Calcutta medical institutions reports 1871-78
Year: 1871
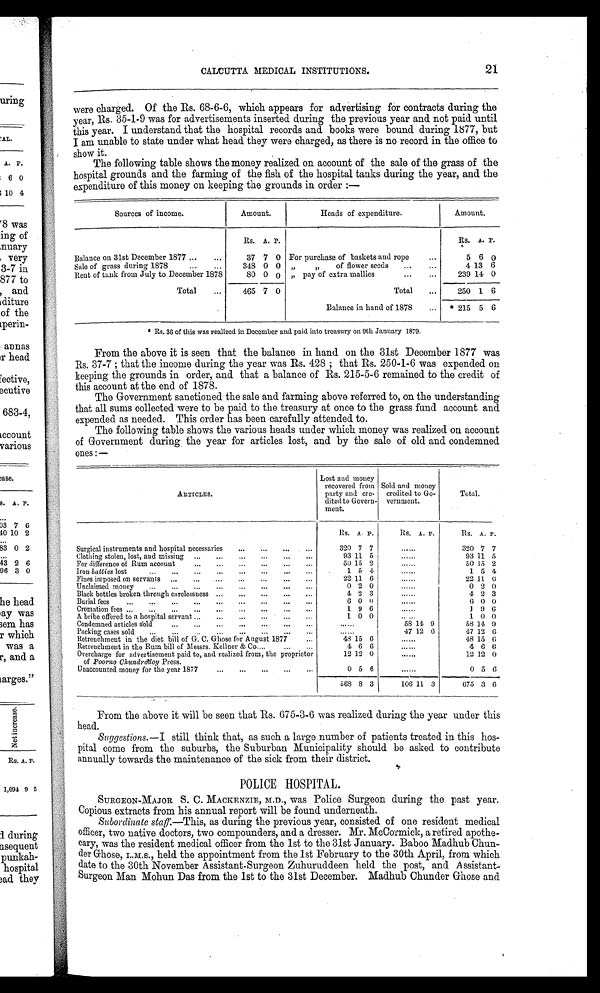
CALCUTTA MEDICAL INSTITUTIONS.
21
were charged. Of the Rs. 68-6-6, which appears for advertising for contracts during the
year, Rs. 35-1-9 was for advertisements inserted during the previous year and not paid until
this year. I understand that the hospital records and books were bound during 1877, but
I am unable to state under what head they were charged, as there is no record in the office to
show it.
The following table shows the money realized on account of the sale of the grass of the
hospital grounds and the farming of the fish of the hospital tanks during the year, and the
expenditure of this money on keeping the grounds in order:—
Sources of income.
Amount.
Heads of expenditure.
Amount.
Rs. A. P.
Rs. A. P.
Balance on 31st December 1877
37 7 0 For purchase of baskets and rope
5 6 0
Sale of grass during 1878
348 0 0 ,, ,, of flower seeds
4 13 6
Rent of tank from July to December 1878
8 0 0 0 ,, pay of extra mallies
239 14 0
Total
465 7 0
Total
250 1 6
Balance in hand of 1878
* 215 5 6
* Rs. 36 of this was realized in December and paid into treasury on 9th January 1879.
From the above it is seen that the balance in hand on the 31st December 1877 was
Rs. 37-7; that the income during the year was Rs. 428; that Rs. 250-1-6 was expended on
keeping the grounds in order, and that a balance of Rs. 215-5-6 remained to the credit of
this account at the end of 1878.
The Government sanctioned the sale and farming above referred to, on the understanding
that all sums collected were to be paid to the treasury at once to the grass fund account and
expended as needed. This order has been carefully attended to.
The following table shows the various heads under which money was realized on account
of Government during the year for articles lost, and by the sale of old and condemned
ones:—
ARTICLES.
Lost and money
recovered from
party and cre-
dited to Govern-
ment.
Sold and money
credited to Go-
vernment.
Total.
Rs. A P.
Rs. A. P.
Rs. A. P.
Surgical instruments and hospital necessaries
320 7 7
......
320 7 7
Clothing stolen, lost, and. missing
93 11 5
......
93 11 5
For difference of Rum account
50 15 2
......
50 15 2
Iron batties lost
1 5 4
......
1 5 4
Fines imposed on servants
22 11 6
......
22 11 6
Unclaimed money
0 2 0
......
0 2 0
Black bottles broken through carelessness
4 2 3
. . . . . .
4 2 3
Burial fees
6 0 0
. . . . . .
6 0 0
Cremation fees
1 9 6
......
1 9 6
A bribe offered to a hospital servant
1 0 0
. . . . . .
1 0 0
Condemned articles sold
58 14 9
58 1 4 9
Packing cases sold
47 12 6
47 12 6
Retrenchment in the diet bill of G. C. Ghose for August 1877
48 15 6
......
48 15 6
Retrenchment in the Rum bill of Messrs. Kellner & Co
4 6 6
......
4 6 6
Overcharge for advertisement paid to, and realized from, the proprietor
of Poorno Chundrodoy Press.
12 12 0
. . . . . .
12 12 0
Unaccounted money for the year 1877
0 5 6
......
0 5 0
568 8 3
106 11 3
675 3 6
From the above it will be seen that Rs. 675-3-6 was realized during the year under this
head.
Suggestions.—I still think that, as such a large number of patients treated in this hos-
pital come from the suburbs, the Suburban Municipality should be asked to contribute
annually towards the maintenance of the sick from their district.
POLICE HOSPITAL.
SURGEON-MAJOR S. C. MACKENZIE, M.D., was Police Surgeon during the past year.
Copious extracts from his annual report will be found underneath.
Su b o r d i n a t e s t a f f . —Th i s , a s d u r i n g t h e p r e v i o u s y e a r , c o n s i s t e d o f o n e r e s i d e n t me d i c a l
officer, two native doctors, two compounders, and a dresser. Mr. McCormick, a retired apothe-
cary, was the resident medical officer from the 1st to the 31st January. Baboo Madhub Chun-
der Ghose, I.M.S., held the appointment from the 1st February to the 30th April, from which
date to the 30th November Assistant-Surgeon Zuhuruddeen held the post, and Assistant-
Surgeon Man Mohun Das from the 1st to the 31st December. Madhub Chunder Ghose and